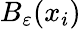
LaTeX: B_{\varepsilon}(x_{i})